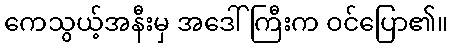
ကေသွယ့်အနီးမှ အဒေါ်ကြီးက ဝင်ပြော၏။